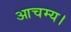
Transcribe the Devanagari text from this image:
आचम्य।